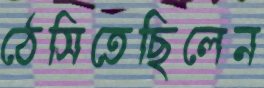
ঠেসিতেছিলেন